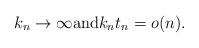
LaTeX: \begin{align*}k_n\to\infty\mbox{and} k_n t_n = o(n).\end{align*}